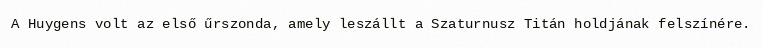
A Huygens volt az első űrszonda, amely leszállt a Szaturnusz Titán holdjának felszínére.